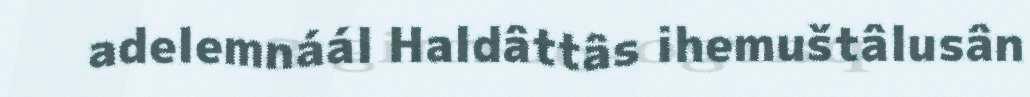
adelemnáál Haldâttâs ihemuštâlusân